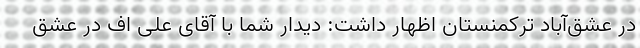
در عشق‌آباد ترکمنستان اظهار داشت: دیدار شما با آقای علی اف در عشق